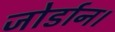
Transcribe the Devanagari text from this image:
जोर्डान।